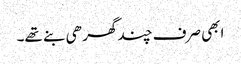
ابھی صرف چند گھر ھی بنے تھے۔